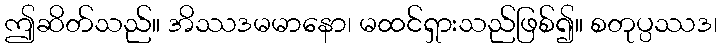
ဤဆိတ်သည်။ အိဿဒမမာနော၊ မထင်ရှားသည်ဖြစ်၍။ စတုပ္ပဿဒ၊